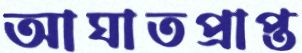
আঘাতপ্রাপ্ত